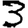
Digit: 3